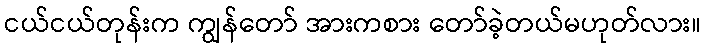
ငယ်ငယ်တုန်းက ကျွန်တော် အားကစား တော်ခဲ့တယ်မဟုတ်လား။